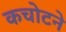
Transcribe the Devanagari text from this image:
कचोटने